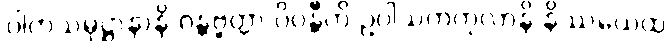
ဝါတသမုဋ္ဌာနာနိ ဂန္တဗ္ဗတ္တာ ပိဝန္တီတိ ဥပါသကကုလာနိ နိဿယေထ